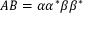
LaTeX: A B = \alpha \alpha ^ { * } \beta \beta ^ { * }